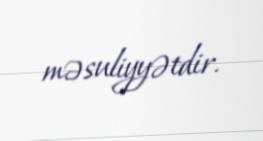
məsuliyyətdir.